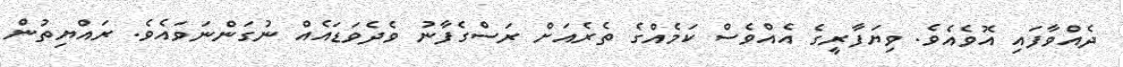
ދެއްވާފައި އޮވެއެވެ. ވިޔަފާރީގެ އެއްވެސް ކަމެއްގެ ތެރެއަށް ރަސްގެފާނު ވެދެވަޑައެއް ނުގަންނަވައެވެ. ރައްޔިތުން